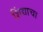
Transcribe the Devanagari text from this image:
शिंद्याचा